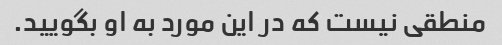
منطقی نیست که در این مورد به او بگویید.